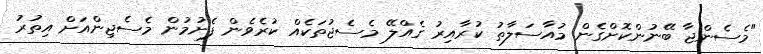
"މެސެންޖާ ބޭނުންކޮށްގެން މުއާސަލާތު ކުރާއިރު ގެއްލޭ މެސެޖުތަކެއް ކުރެވެން ފެށުމުން މެސެޖިންއަށް އިތުރު